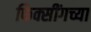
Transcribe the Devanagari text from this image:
फिक्सींगच्या